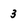
Character: 3